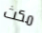
مكث